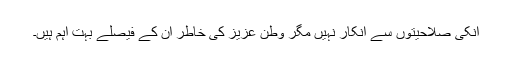
انکی صلاحیتوں سے انکار نہیں مگر وطن عزیز کی خاطر ان کے فیصلے بہت اہم ہیں۔